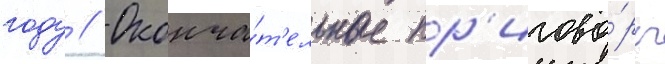
году // Оконча́т'ельные пр'игово́ры